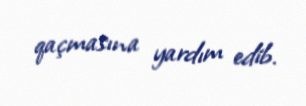
qaçmasına yardım edib.